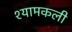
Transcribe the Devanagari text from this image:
श्यामकली